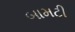
બામટી